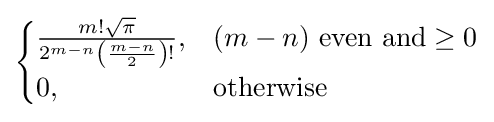
{\begin{cases}{\frac {m!{\sqrt {\pi }}}{2^{m-n}\left({\frac {m-n}{2}}\right)!}},&(m-n){\text{ even and}}\geq 0\\0,&{\text{otherwise}}\end{cases}}